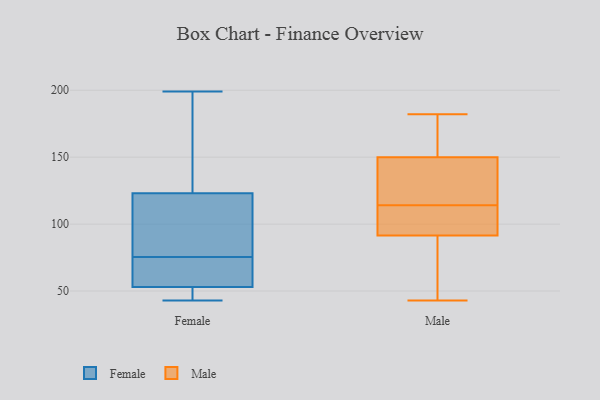
{"axis": {"x": "Page Views", "y": "Value"}, "legend": ["Female", "Male"], "data": [{"x": "", "y": 89, "type": "Female"}, {"x": "", "y": 60, "type": "Female"}, {"x": "", "y": 157, "type": "Female"}, {"x": "", "y": 53, "type": "Female"}, {"x": "", "y": 43, "type": "Female"}, {"x": "", "y": 68, "type": "Female"}, {"x": "", "y": 83, "type": "Female"}, {"x": "", "y": 47, "type": "Female"}, {"x": "", "y": 83, "type": "Female"}, {"x": "", "y": 172, "type": "Female"}, {"x": "", "y": 199, "type": "Female"}, {"x": "", "y": 53, "type": "Female"}, {"x": "", "y": 118, "type": "Male"}, {"x": "", "y": 107, "type": "Male"}, {"x": "", "y": 43, "type": "Male"}, {"x": "", "y": 149, "type": "Male"}, {"x": "", "y": 110, "type": "Male"}, {"x": "", "y": 151, "type": "Male"}, {"x": "", "y": 182, "type": "Male"}, {"x": "", "y": 80, "type": "Male"}, {"x": "", "y": 103, "type": "Male"}, {"x": "", "y": 49, "type": "Male"}, {"x": "", "y": 161, "type": "Male"}, {"x": "", "y": 131, "type": "Male"}]}